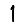
Digit: 1